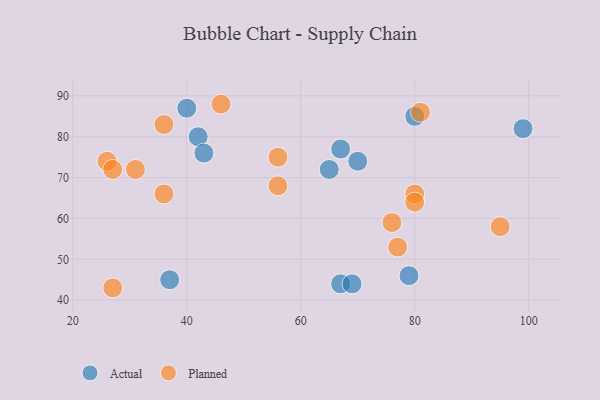
{"axis": {"x": "GDP", "y": "Life Expectancy"}, "legend": ["Actual", "Planned"], "data": [{"x": "80", "y": 85, "type": "Actual"}, {"x": "40", "y": 87, "type": "Actual"}, {"x": "99", "y": 82, "type": "Actual"}, {"x": "67", "y": 44, "type": "Actual"}, {"x": "65", "y": 72, "type": "Actual"}, {"x": "79", "y": 46, "type": "Actual"}, {"x": "42", "y": 80, "type": "Actual"}, {"x": "43", "y": 76, "type": "Actual"}, {"x": "67", "y": 77, "type": "Actual"}, {"x": "70", "y": 74, "type": "Actual"}, {"x": "37", "y": 45, "type": "Actual"}, {"x": "69", "y": 44, "type": "Actual"}, {"x": "46", "y": 88, "type": "Planned"}, {"x": "26", "y": 74, "type": "Planned"}, {"x": "36", "y": 83, "type": "Planned"}, {"x": "81", "y": 86, "type": "Planned"}, {"x": "95", "y": 58, "type": "Planned"}, {"x": "80", "y": 66, "type": "Planned"}, {"x": "56", "y": 68, "type": "Planned"}, {"x": "27", "y": 43, "type": "Planned"}, {"x": "36", "y": 66, "type": "Planned"}, {"x": "27", "y": 72, "type": "Planned"}, {"x": "80", "y": 64, "type": "Planned"}, {"x": "56", "y": 75, "type": "Planned"}, {"x": "77", "y": 53, "type": "Planned"}, {"x": "76", "y": 59, "type": "Planned"}, {"x": "31", "y": 72, "type": "Planned"}]}